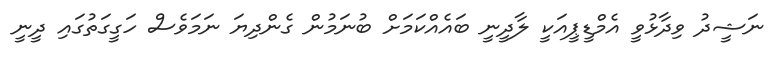
ނަޝީދު ވިދާޅުވީ އެމްޑީޕީއަކީ ލާދީނީ ބައެއްކަމަށް ބުނަމުން ގެންދިޔަ ނަމަވެސް ހަގީގަތުގައި ދީނީ